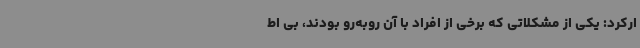
ارکرد: یکی از مشکلاتی که برخی از افراد با آن روبه‌رو بودند، بی اط